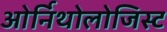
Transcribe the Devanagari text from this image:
ओर्निथोलोजिस्ट